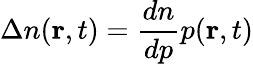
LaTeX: \Delta n(\mathbf{r},t)=\frac{dn}{dp}p(\mathbf{r},t)